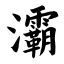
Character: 灞